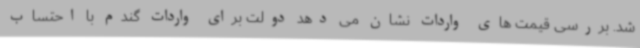
شد. بررسی قیمت های واردات نشان می دهد دولت برای واردات گندم با احتساب